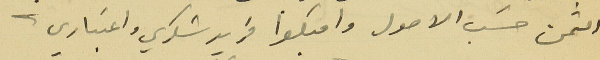
الثمن حسَب الاصول واقبلوا فريد شكري واعتباري.